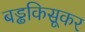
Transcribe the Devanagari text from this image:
बड्ढकिसूकर